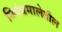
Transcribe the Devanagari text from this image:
निबंधमालेतील